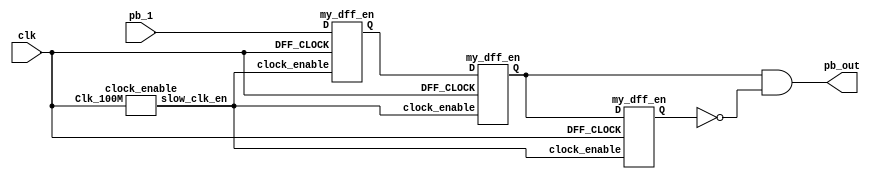
module debounce_better_version(input pb_1,clk,output pb_out);
wire slow_clk_en;
wire Q1,Q2,Q2_bar,Q0;
clock_enable u1(clk,slow_clk_en);

my_dff_en d0(clk,slow_clk_en,pb_1,Q0);


my_dff_en d1(clk,slow_clk_en,Q0,Q1);
my_dff_en d2(clk,slow_clk_en,Q1,Q2);
assign Q2_bar = ~Q2;
assign pb_out = Q1 & Q2_bar;
endmodule
// Slow clock enable for debouncing button 
module clock_enable(input Clk_100M,output slow_clk_en);
    reg [26:0]counter=0;
    always @(posedge Clk_100M)
    begin
       counter <= (counter>=249999)?0:counter+1;
    end

    assign slow_clk_en = (counter == 249999)?1'b1:1'b0;
endmodule
// D-flip-flop with clock enable signal for debouncing module 
module my_dff_en(input DFF_CLOCK, clock_enable,D, output reg Q=0);
    always @ (posedge DFF_CLOCK) begin
  if(clock_enable==1) 
           Q <= D;
    end
endmodule